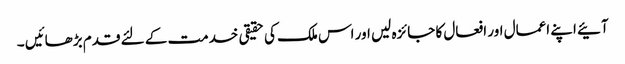
آئیے اپنے اعمال اور افعال کا جائزہ لیں اور اس ملک کی حقیقی خدمت کے لئے قدم بڑھائیں ۔